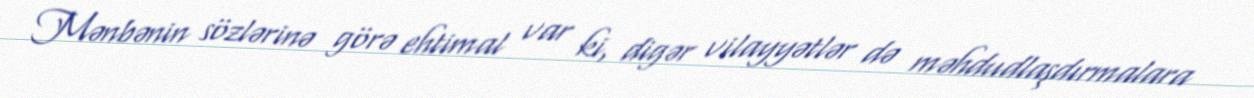
Mənbənin sözlərinə görə ehtimal var ki, digər vilayyətlər də məhdudlaşdırmalara